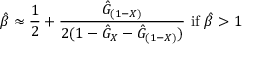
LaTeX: { \hat { \beta } } \approx { \frac { 1 } { 2 } } + { \frac { { \hat { G } } _ { ( 1 - X ) } } { 2 ( 1 - { \hat { G } } _ { X } - { \hat { G } } _ { ( 1 - X ) } ) } } { \mathrm { ~ i f ~ } } { \hat { \beta } } > 1